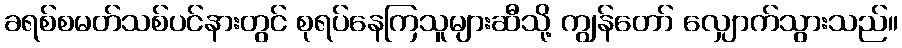
ခရစ်စမတ်သစ်ပင်နားတွင် စုရပ်နေကြသူများဆီသို့ ကျွန်တော် လျှောက်သွားသည်။